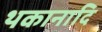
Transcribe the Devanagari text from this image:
थकानादि